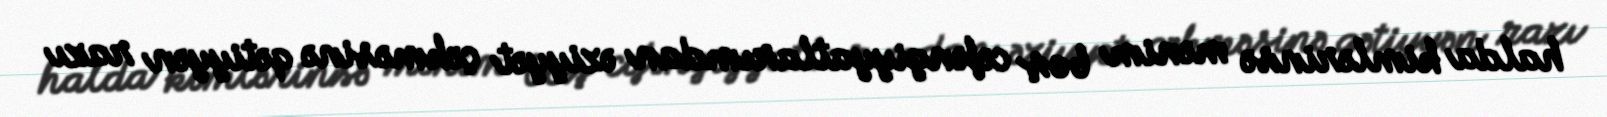
halda kimlərinsə mənim boş cəfəngiyyatlarımdan əziyyət çəkməsinə qətiyyən razı